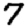
Digit: 7